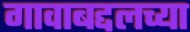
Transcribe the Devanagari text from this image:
गावाबद्दलच्या